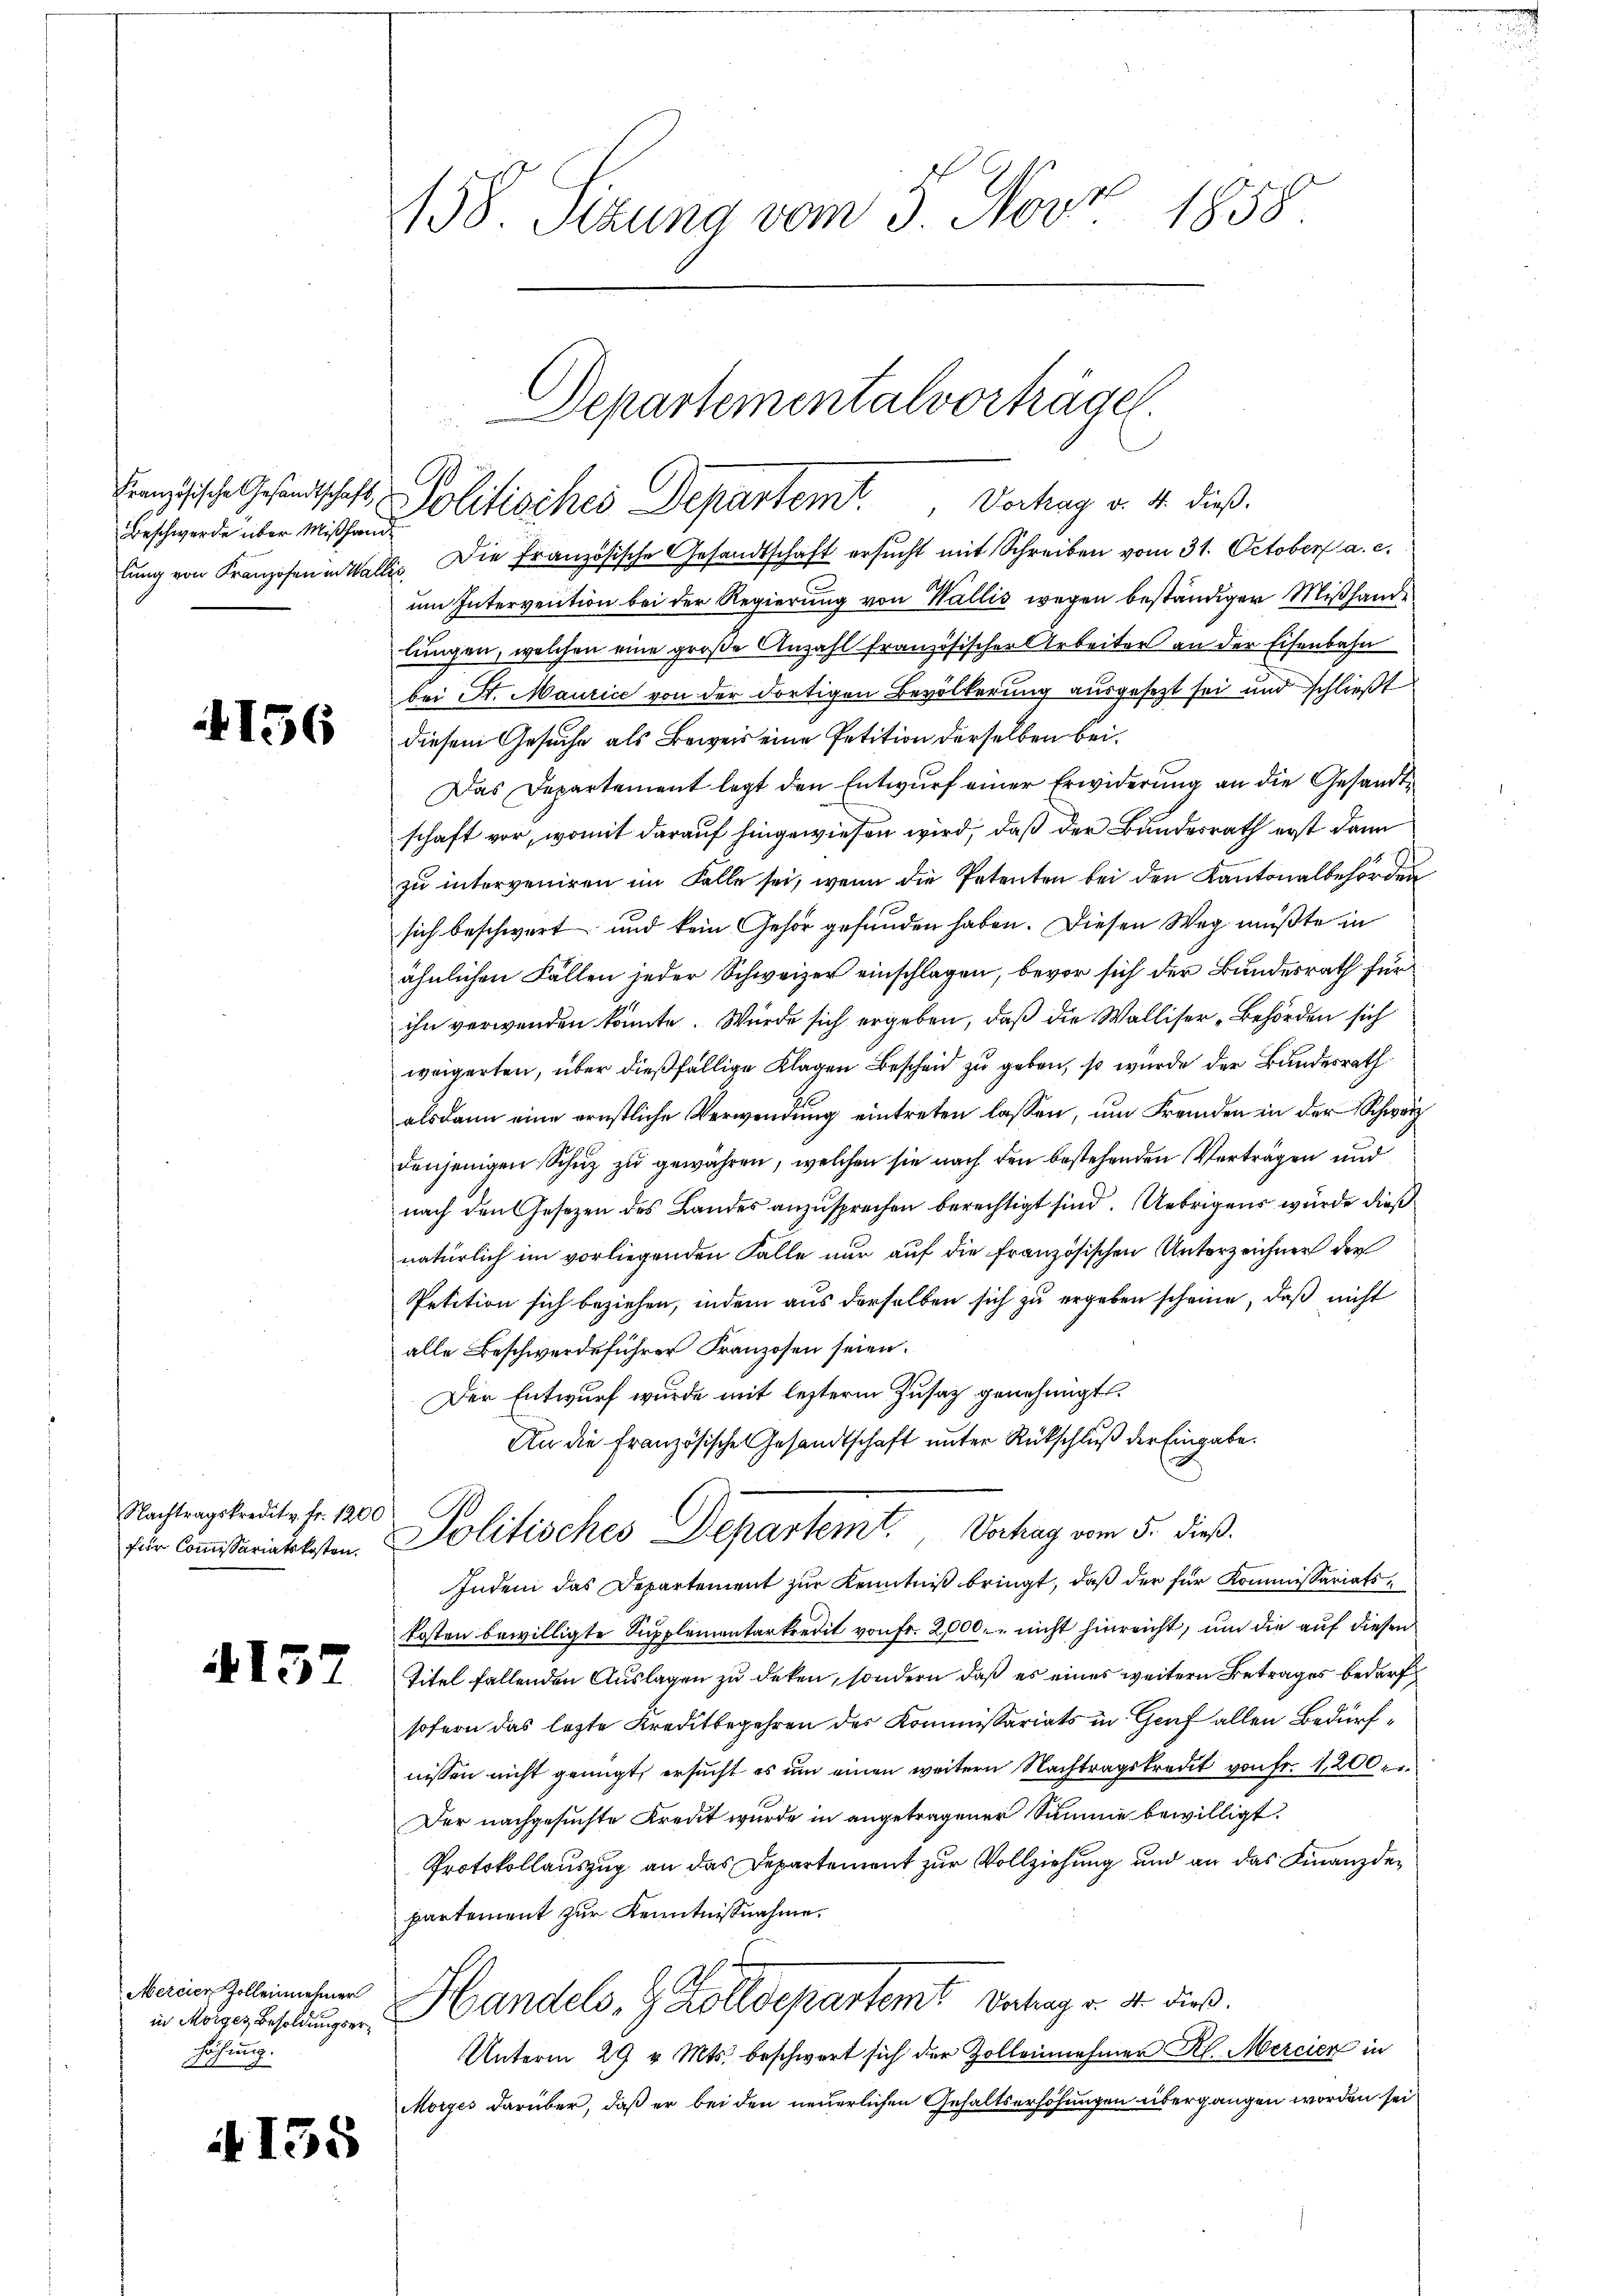
Beschwerde über Mißhande

4156

Nachtragskredit u. fr. 1200
für Commissariatskosten.

4157

Mercier Zollennehmer
in Morges Besoldungserhöhung.

135

158 Sizung vom 3. Novz 1858.

lŭng von Franzosen in Wallis. Die französische Gesandtschaft ersŭcht mit Schreiben vom 31. October a. c.
um Intervention bei der Regierung von Wallis wegen beständigen Mißhande
lungen, welchen eine große Anzahl französischer Arbeiter an der Eisenbahn
bei St. Maurice von der dortigen Bevölkerung ausgesezt sei und schließt
diesem Gesuche als Beweis eine Petition derselben bei.
Das Departement legt den Entwurf einer Erwiderung an die Gesandtschaft vor, womit darauf hingewiesen wird, daß der Bundesrath erst dann
zu interveniren im Falle sei, wenn die Petenten bei den Kantonalbehörden
sich beschwert und kein Gehör gefunden haben. Diesen Weg müßte in
ähnlichen Fällen jeder Schweizer einschlagen, bevor sich der Bundesrath für
ihn verwenden könnte. Würde sich ergeben, daß die Walliser Behörden sich
weigerten, über dießfällige Klagen Bescheid zu geben, so wurde der Bundesrath
alsdann eine ernstliche Verwendung eintreten lassen, um Fremden in der Schweiz
denjenigen Schuz zu gewähren, welchen sie nach den bestehenden Verträgen und
nach den Gesezen des Landes anzusprechen berechtigt sind. Uebrigens wurde dieß
natürlich im vorliegenden Falle nur auf die französischen Unterzeichner der
Petition sich beziehen, indem aus derselben sich zu ergeben scheine, daß nicht
alle Beschwerdeführer Franzosen seien.
Der Entwurf wurde mit lezterm Zusatz genehmigt.
An die Französische Gesandtschaft unter Rückschluß der Eingabe.
Politisches Departemt. Vorlag vom 5. dieß.
Indem das Departement zur Kenntniß bringt, daß der für Kommissariatskosten bewilligte Supplementarkredit von Fr. 2000. nicht hinreicht, um die auf diesen
Titel fallenden Auslagen zu deken, sondern daß es eines weitern Betrages bedarf
sofern das lezte Kreditbegehren des Kommissariats in Graf allen Bedürfnissen nicht genügt, ersucht es um einen weitern Nachtragskredit von fr. 1200 fr.
Der nachgesuchte Kredit wurde in angetragener Summe bewilligt.
Protokollauszug an das Departement zur Vollziehung und an das Finanzdepartement zur Kenntnißnahme.
Handels- & Zolldepartem Betrag v. a. dieß.
Unterm 29 v. Mts. beschwert sich der Zolleinehmen Kl. Mercien in
Morges darüber, daß er bei den neuerlichen Gehaltserhöhungen übergangen worden sei,

Departementalvorträge
Französische Gesandtschaft, Politisches Departemt. Vorhag v. 4. dieß.